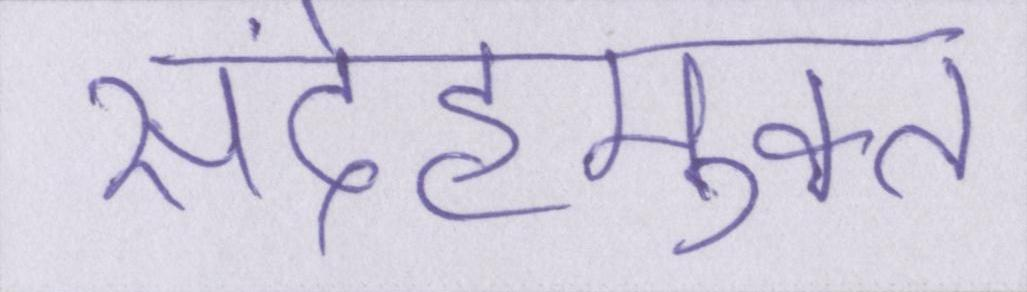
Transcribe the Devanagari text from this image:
संदेहमुक्त